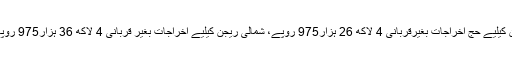
جنوبی ریجن کیلیے حج اخراجات بغیرقربانی 4 لاکھ 26 ہزار975 روپے، شمالی ریجن کیلیے اخراجات بغیر قربانی 4 لاکھ 36 ہزار975 روپے ہوں گے۔